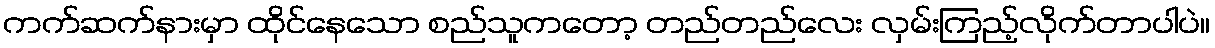
ကက်ဆက်နားမှာ ထိုင်နေသော စည်သူကတော့ တည်တည်လေး လှမ်းကြည့်လိုက်တာပါပဲ။